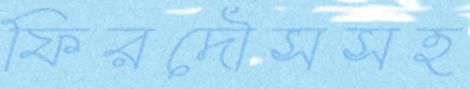
ফিরদৌসসহ